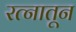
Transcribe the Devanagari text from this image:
रत्‍नातून